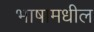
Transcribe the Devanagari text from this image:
भाषामधील